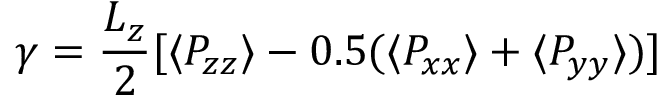
\gamma = \frac { L _ { z } } { 2 } [ \langle P _ { z z } \rangle - 0 . 5 ( \langle P _ { x x } \rangle + \langle P _ { y y } \rangle ) ]